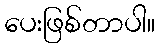
ပေးဖြစ်တာပါ။